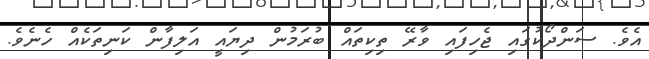
އެވެ. ސަންދޯކުގައި ޖެހިފައި ވާރޭ ތިކިތައް ބުރަމުން ދިޔައީ އަލިފާން ކަނިތަކެއް ހެނެވެ.